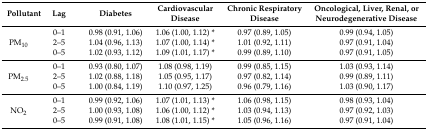
<table><thead><tr><td><b>Pollutant</b></td><td><b>Lag</b></td><td><b>Diabetes</b></td><td><b>Cardiovascular Disease</b></td><td><b>Chronic Respiratory Disease</b></td><td><b>Oncological, Liver, Renal, or Neurodegenerative Disease</b></td></tr></thead><tbody><tr><td rowspan="3">PM<sub>10</sub></td><td>0–1</td><td>0.98 (0.91, 1.06)</td><td>1.06 (1.00, 1.12) *</td><td>0.97 (0.89, 1.05)</td><td>0.99 (0.94, 1.05)</td></tr><tr><td>2–5</td><td>1.04 (0.96, 1.13)</td><td>1.07 (1.00, 1.14) *</td><td>1.01 (0.92, 1.11)</td><td>0.97 (0.91, 1.04)</td></tr><tr><td>0–5</td><td>1.02 (0.93, 1.12)</td><td>1.09 (1.01, 1.17) *</td><td>0.99 (0.89, 1.10)</td><td>0.97 (0.91, 1.05)</td></tr><tr><td rowspan="3">PM<sub>2.5</sub></td><td>0–1</td><td>0.93 (0.80, 1.07)</td><td>1.08 (0.98, 1.19)</td><td>0.99 (0.85, 1.15)</td><td>1.03 (0.93, 1.14)</td></tr><tr><td>2–5</td><td>1.02 (0.88, 1.18)</td><td>1.05 (0.95, 1.17)</td><td>0.97 (0.82, 1.14)</td><td>0.99 (0.89, 1.11)</td></tr><tr><td>0–5</td><td>1.00 (0.84, 1.19)</td><td>1.10 (0.97, 1.25)</td><td>0.96 (0.79, 1.16)</td><td>1.03 (0.90, 1.17)</td></tr><tr><td rowspan="3">NO<sub>2</sub></td><td>0–1</td><td>0.99 (0.92, 1.06)</td><td>1.07 (1.01, 1.13) *</td><td>1.06 (0.98, 1.15)</td><td>0.98 (0.93, 1.04)</td></tr><tr><td>2–5</td><td>1.00 (0.93, 1.08)</td><td>1.06 (1.00, 1.12) *</td><td>1.03 (0.94, 1.13)</td><td>0.97 (0.92, 1.03)</td></tr><tr><td>0–5</td><td>0.99 (0.91, 1.08)</td><td>1.08 (1.01, 1.15) *</td><td>1.05 (0.96, 1.16)</td><td>0.97 (0.91, 1.04)</td></tr></tbody></table>